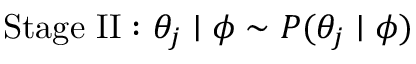
{ \mathrm { S t a g e ~ I I : ~ } } \theta _ { j } \mid \phi \sim P ( \theta _ { j } \mid \phi )